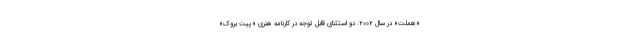
«هملت» در سال ۲۰۰۲. دو استثنای قابل توجه در کارنامه هنری «پیت بروک»